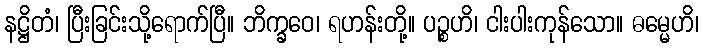
နဋ္ဌိတံ၊ ပြီးခြင်းသို့ရောက်ပြီ။ ဘိက္ခဝေ၊ ရဟန်းတို့။ ပဉ္စဟိ၊ ငါးပါးကုန်သော။ ဓမ္မေဟိ၊